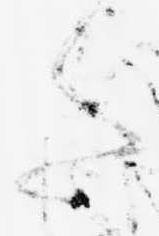
た